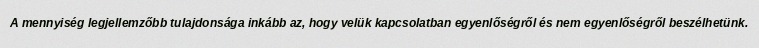
A mennyiség legjellemzőbb tulajdonsága inkább az, hogy velük kapcsolatban egyenlőségről és nem egyenlőségről beszélhetünk.